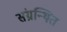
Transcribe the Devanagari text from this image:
संग्रन्थित